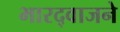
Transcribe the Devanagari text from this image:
भारद्वाजने